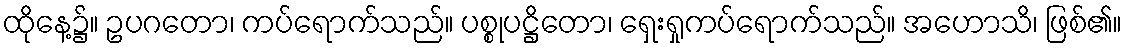
ထိုနေ့၌။ ဥပဂတော၊ ကပ်ရောက်သည်။ ပစ္စုပဋ္ဌိတော၊ ရှေးရှုကပ်ရောက်သည်။ အဟောသိ၊ ဖြစ်၏။